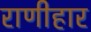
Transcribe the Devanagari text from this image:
राणीहार